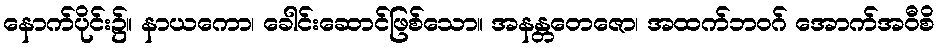
နောက်ပိုင်း၌။ နာယကော၊ ခေါင်းဆောင်ဖြစ်သော။ အနန္တတေဇော၊ အထက်ဘဝဂ် အောက်အဝီစိ